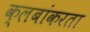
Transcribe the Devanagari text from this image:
क्लबांकरता